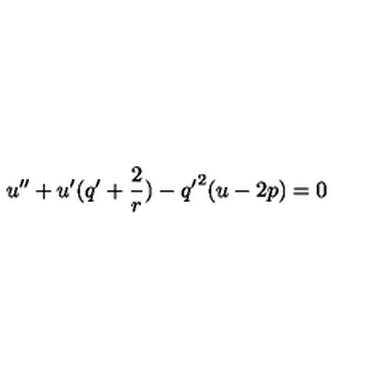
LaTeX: u ^ { \prime \prime } + u ^ { \prime } ( q ^ { \prime } + \frac { 2 } { r } ) - { q ^ { \prime } } ^ { 2 } ( u - 2 p ) = 0